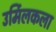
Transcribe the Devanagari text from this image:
उर्मिलकला